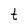
Character: t